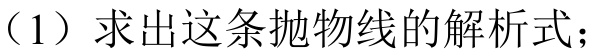
（1）求出这条抛物线的解析式；